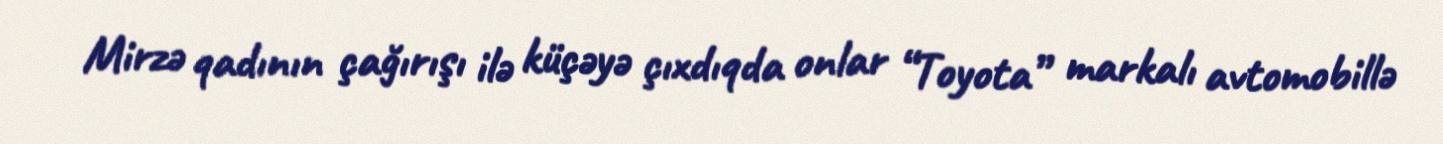
Mirzə qadının çağırışı ilə küçəyə çıxdıqda onlar “Toyota” markalı avtomobillə